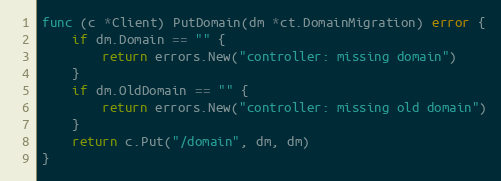
Language: Go
func (c *Client) PutDomain(dm *ct.DomainMigration) error {
	if dm.Domain == "" {
		return errors.New("controller: missing domain")
	}
	if dm.OldDomain == "" {
		return errors.New("controller: missing old domain")
	}
	return c.Put("/domain", dm, dm)
}